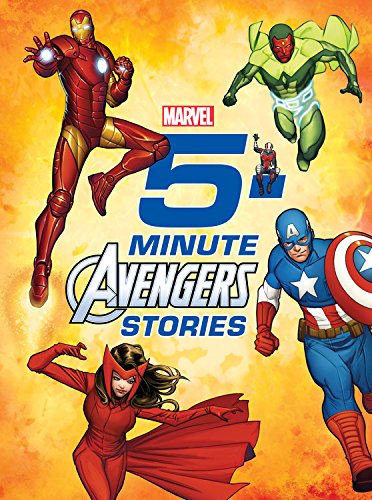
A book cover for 5-Minute Avengers Stories (5-Minute Stories); Marvel Press Book Group; Children's Books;